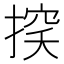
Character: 𢰃